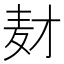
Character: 𬹅